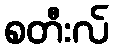
စတီးလ်